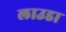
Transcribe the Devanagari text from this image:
लाउडा